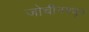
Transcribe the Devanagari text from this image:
जोचीनमधून